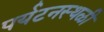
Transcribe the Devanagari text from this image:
पर्यटनस्‍थळी